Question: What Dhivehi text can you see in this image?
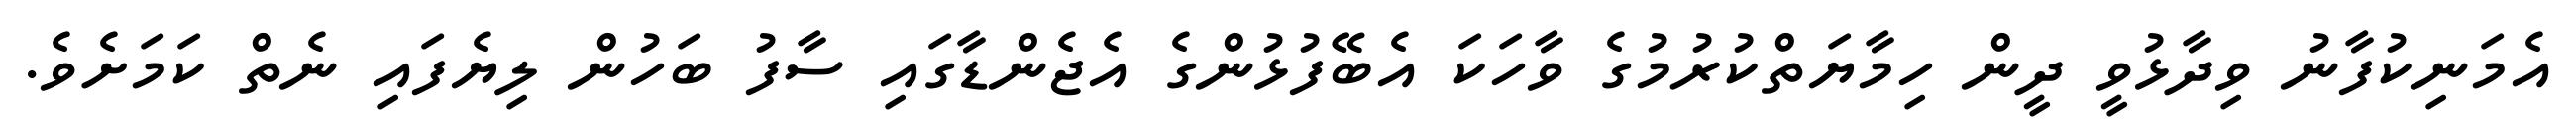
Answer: އެމަނިކުފާނު ވިދާޅުވީ ދީން ހިމާޔަތްކުރުމުގެ ވާހަކަ އެބޭފުޅުންގެ އެޖެންޑާގައި ސާފު ބަހުން ލިޔެފައި ނެތް ކަމަށެވެ.